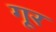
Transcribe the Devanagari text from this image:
गूर